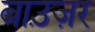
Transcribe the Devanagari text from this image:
बाउ़ज़र